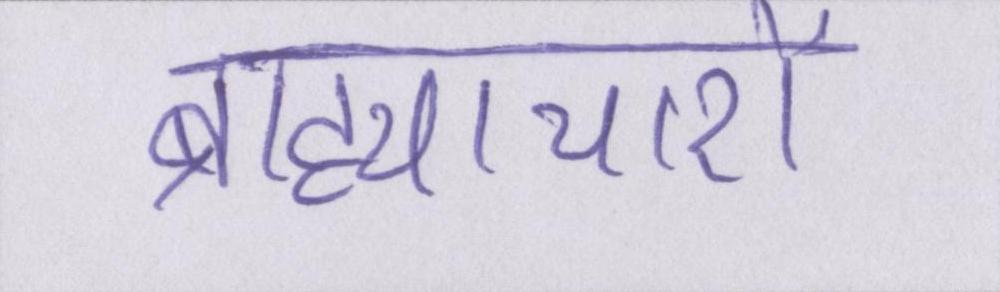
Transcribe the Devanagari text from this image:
ब्राह्याचारों